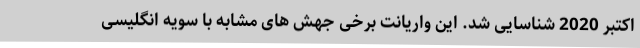
اکتبر 2020 شناسایی شد. این واریانت برخی جهش های مشابه با سویه انگلیسی